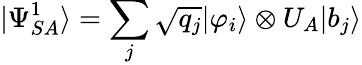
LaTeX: |\Psi_{SA}^{1}\rangle=\sum_{j}{\sqrt{q_{j}}}|\varphi_{i}\rangle\otimes U_{A}|b_{j}\rangle